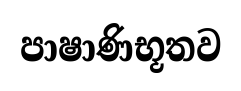
පාෂාණිභූතව